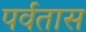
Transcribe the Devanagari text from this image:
पर्वतास